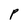
Character: P